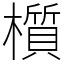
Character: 櫍